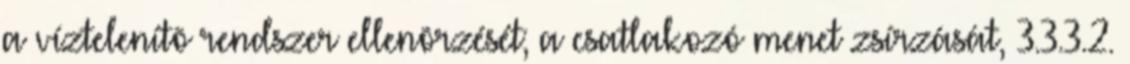
a víztelenítõ rendszer ellenõrzését; a csatlakozó menet zsírzását, 3.3.3.2.